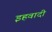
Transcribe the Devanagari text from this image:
इहवादी